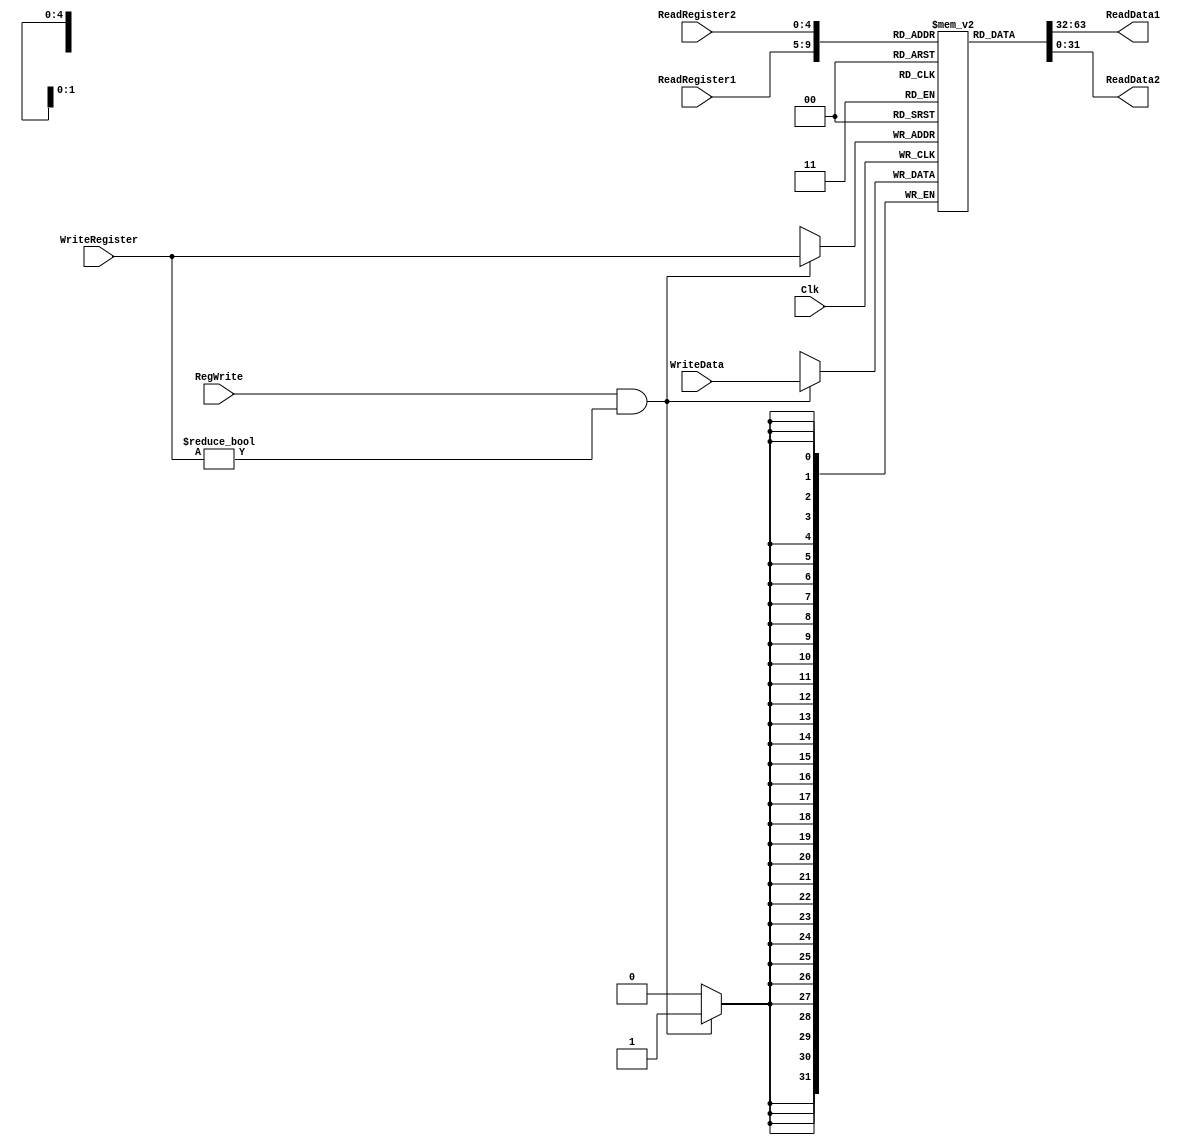
module regfile
  #(
    parameter
    width = 32,
    addrWidth = 5,
    depth = 2**addrWidth
    )
   (
    output [width-1:0]    ReadData1,
                          ReadData2,
    input [width-1:0]     WriteData,
    input [addrWidth-1:0] ReadRegister1,
                          ReadRegister2,
                          WriteRegister,
    input                 RegWrite,
    Clk
    );

   reg [width-1:0]        registers [depth-1:0];
   initial registers[0] = 0;

   always @(posedge Clk) begin
      if (RegWrite && WriteRegister != 0) begin
         registers[WriteRegister] <= WriteData;
      end
   end

   assign ReadData1 = registers[ReadRegister1];
   assign ReadData2 = registers[ReadRegister2];
endmodule